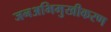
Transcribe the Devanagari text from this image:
जनअभिमुखीकरण